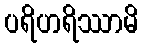
ပရိဟရိဿာမိ